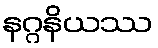
နဂ္ဂနိယဿ